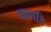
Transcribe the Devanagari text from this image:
कालडि